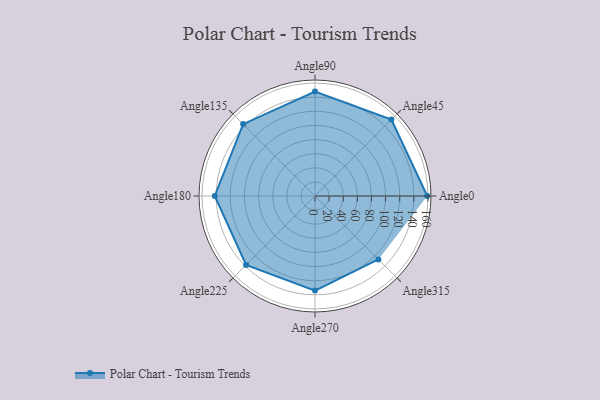
{"axis": {"x": "Angle", "y": "Radius"}, "legend": [""], "data": [{"x": "Angle0", "y": 159.0, "type": ""}, {"x": "Angle45", "y": 153.0, "type": ""}, {"x": "Angle90", "y": 148.0, "type": ""}, {"x": "Angle135", "y": 144.0, "type": ""}, {"x": "Angle180", "y": 142.0, "type": ""}, {"x": "Angle225", "y": 138.0, "type": ""}, {"x": "Angle270", "y": 134.0, "type": ""}, {"x": "Angle315", "y": 127.0, "type": ""}]}